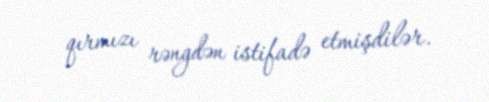
qırmızı rəngdən istifadə etmişdilər.